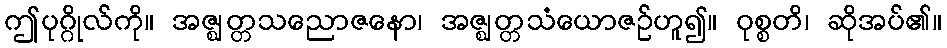
ဤပုဂ္ဂိုလ်ကို။ အဇ္ဈတ္တသညောဇနော၊ အဇ္ဈတ္တသံယောဇဉ်ဟူ၍။ ဝုစ္စတိ၊ ဆိုအပ်၏။